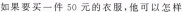
如果要买一件50元的衣服，他可以怎样